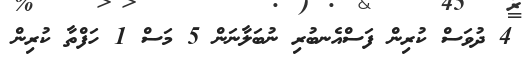
4 ދުވަސް ކުރިން ފަސްއެނބުރި ނުބަލާނަން 5 މަސް 1 ހަފްތާ ކުރިން